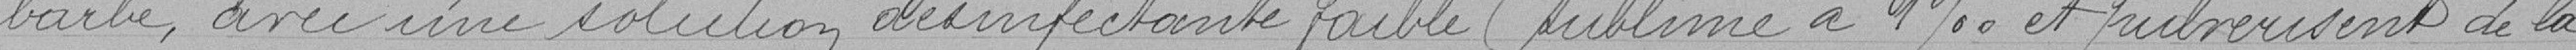
barbe, avec une solution désinfectante faible ( sublimé à 4% et pulvérisent de la